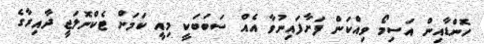
ހޮންޑާއިން އަސިމޯ ވިއްކަން ފަށާފައިނުވާ އެއް ސަބަބަކީ މިއީ ކަމަށް ޓެކްނޮލަޖީ ދާއިރާގެ